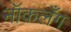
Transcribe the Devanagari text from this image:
नॉकलँग